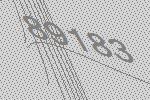
89183